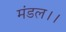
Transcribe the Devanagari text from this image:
मंडल।।